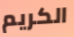
الكريم